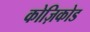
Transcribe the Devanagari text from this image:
कोज़िकोड